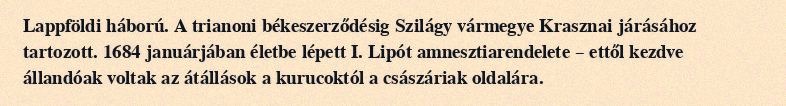
Lappföldi háború. A trianoni békeszerződésig Szilágy vármegye Krasznai járásához tartozott. 1684 januárjában életbe lépett I. Lipót amnesztiarendelete – ettől kezdve állandóak voltak az átállások a kurucoktól a császáriak oldalára.